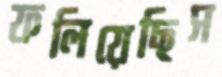
ফলিয়েছিস